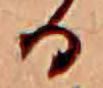
る